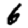
Digit: 6